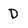
Character: D